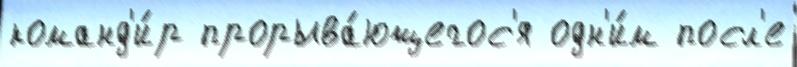
команд'и́р прорыва́ющегос'я одн'и́м посл'е